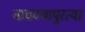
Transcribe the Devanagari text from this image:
नाचण्यापुरत्या